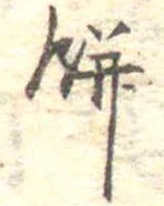
餅